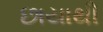
છાયાથી